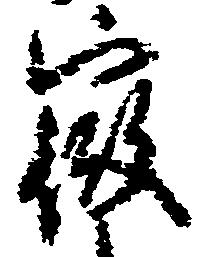
徴